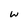
Character: w